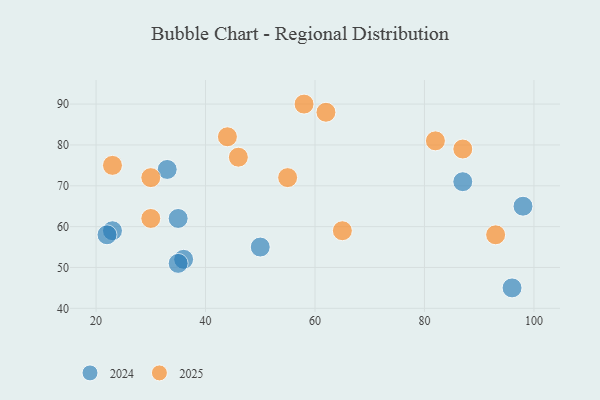
{"axis": {"x": "GDP", "y": "Life Expectancy"}, "legend": ["2024", "2025"], "data": [{"x": "36", "y": 52, "type": "2024"}, {"x": "98", "y": 65, "type": "2024"}, {"x": "96", "y": 45, "type": "2024"}, {"x": "23", "y": 59, "type": "2024"}, {"x": "35", "y": 51, "type": "2024"}, {"x": "87", "y": 71, "type": "2024"}, {"x": "35", "y": 62, "type": "2024"}, {"x": "33", "y": 74, "type": "2024"}, {"x": "50", "y": 55, "type": "2024"}, {"x": "22", "y": 58, "type": "2024"}, {"x": "55", "y": 72, "type": "2025"}, {"x": "82", "y": 81, "type": "2025"}, {"x": "65", "y": 59, "type": "2025"}, {"x": "23", "y": 75, "type": "2025"}, {"x": "93", "y": 58, "type": "2025"}, {"x": "62", "y": 88, "type": "2025"}, {"x": "46", "y": 77, "type": "2025"}, {"x": "30", "y": 62, "type": "2025"}, {"x": "58", "y": 90, "type": "2025"}, {"x": "44", "y": 82, "type": "2025"}, {"x": "30", "y": 72, "type": "2025"}, {"x": "87", "y": 79, "type": "2025"}]}